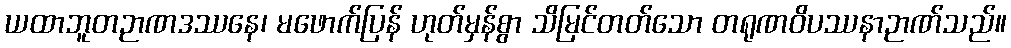
ယထာဘူတဉာဏဒဿနေ၊ မဖောက်ပြန် ဟုတ်မှန်စွာ သိမြင်တတ်သော တရုဏဝိပဿနာဉာဏ်သည်။